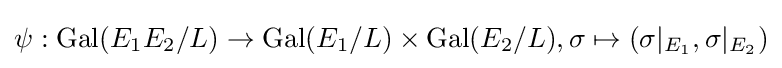
\psi :{\text{Gal}}(E_{1}E_{2}/L)\rightarrow {\text{Gal}}(E_{1}/L)\times {\text{Gal}}(E_{2}/L),\sigma \mapsto (\sigma |_{E_{1}},\sigma |_{E_{2}})